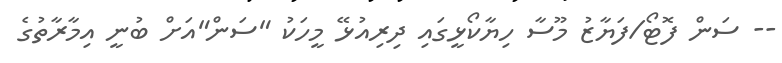
-- ސަން ފޮޓޯ/ފަޔާޒު މޫސާ ހިޔާކޯޅީގައި ދިރިއުޅޭ މީހަކު "ސަން"އަށް ބުނީ އިމާރާތުގެ